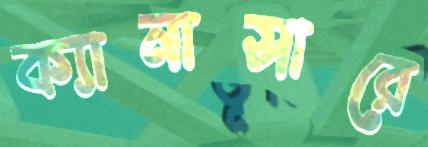
ক্যানাসারে